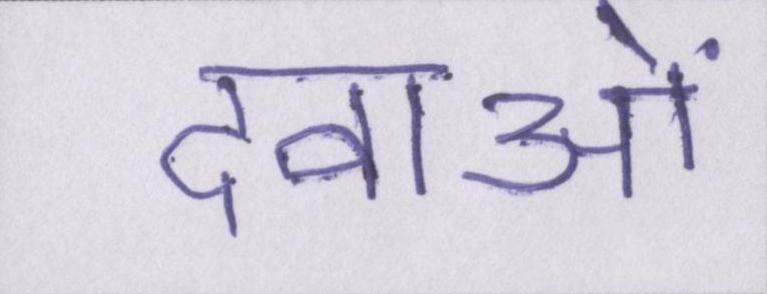
दवाओं